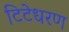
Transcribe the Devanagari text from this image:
टिटेधरण